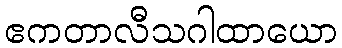
ဧကတာလီသဂါထာယော